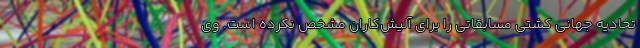
تحادیه جهانی کشتی مسابقاتی را برای آلیش‌کاران مشخص نکرده است. وی